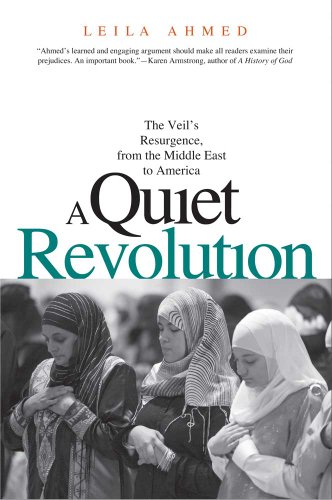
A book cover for A Quiet Revolution: The Veil's Resurgence, from the Middle East to America; Leila Ahmed; Religion & Spirituality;